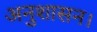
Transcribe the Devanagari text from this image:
अनुशासन।